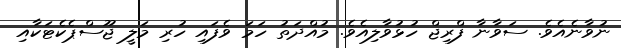
ނުވާނެއެވެ. ސަވާނާ ފްރިޖް ހުޅުވާލިއެވެ. މުއްދަތު ހަމަ ވެފައި ހުރި މަލީ ޖޫސްޕެކެޓަކާއި